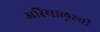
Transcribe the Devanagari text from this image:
अरियालूरची